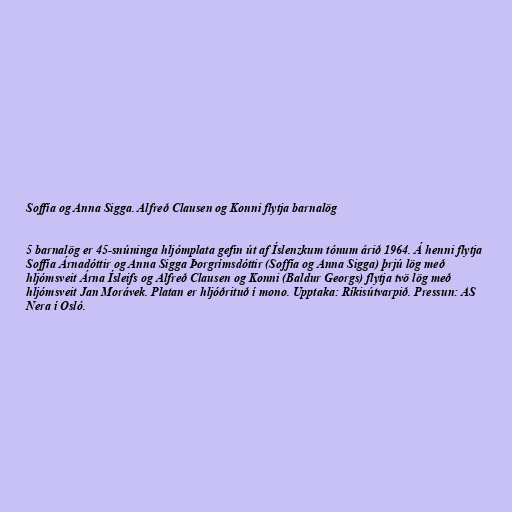
Soffía og Anna Sigga. Alfreð Clausen og Konni flytja barnalög

5 barnalög er 45-snúninga hljómplata gefin út af Íslenzkum tónum árið 1964. Á henni flytja
Soffía Árnadóttir og Anna Sigga Þorgrímsdóttir (Soffía og Anna Sigga) þrjú lög með
hljómsveit Árna Ísleifs og Alfreð Clausen og Konni (Baldur Georgs) flytja tvö lög með
hljómsveit Jan Morávek. Platan er hljóðrituð í mono. Upptaka: Ríkisútvarpið. Pressun: AS
Nera í Osló.